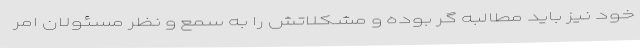
خود نیز باید مطالبه گر بوده و مشکلاتش را به سمع و نظر مسئولان امر